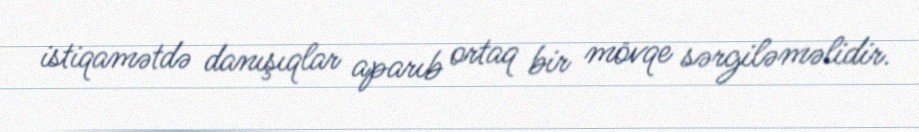
istiqamətdə danışıqlar aparıb ortaq bir mövqe sərgiləməlidir.